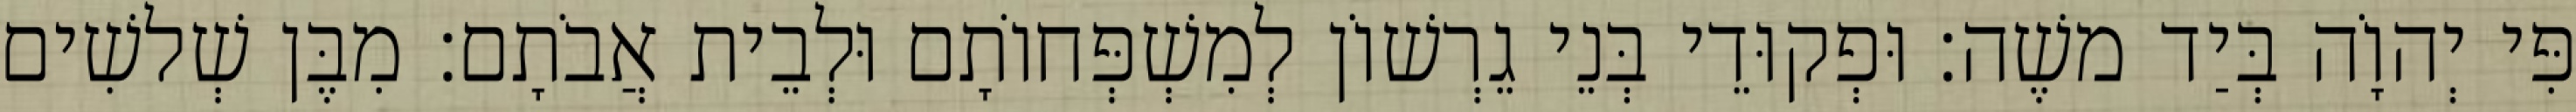
פִּי יְהוָֹה בְּיַד משֶׁה׃ וּפְקוּדֵי בְּנֵי גֵרְשׁוֹן לְמִשְׁפְּחוֹתָם וּלְבֵית אֲבֹתָם׃ מִבֶּן שְׁלשִׁים